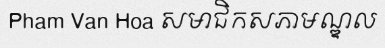
Pham Van Hoa សមាជិកសភាមណ្ឌល